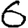
Digit: 6